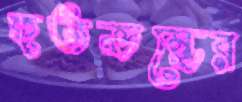
হতভম্ভের